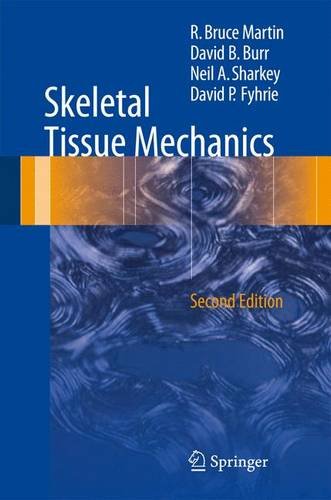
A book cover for Skeletal Tissue Mechanics; R. Bruce Martin; Science & Math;